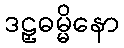
ဒဠှဓမ္မိနော